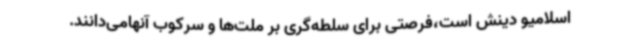
اسلامیو دینش است،فرصتی برای سلطه‌گری بر ملت‌ها و سرکوب آنهامی‌دانند.